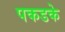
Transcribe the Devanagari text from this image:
पकडके